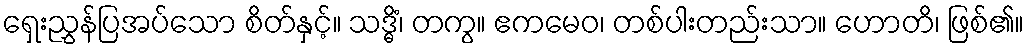
ရှေးညွှန်ပြအပ်သော စိတ်နှင့်။ သဒ္ဓိံ၊ တကွ။ ဧကမေဝ၊ တစ်ပါးတည်းသာ။ ဟောတိ၊ ဖြစ်၏။